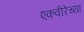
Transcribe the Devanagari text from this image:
एकवीरेच्या